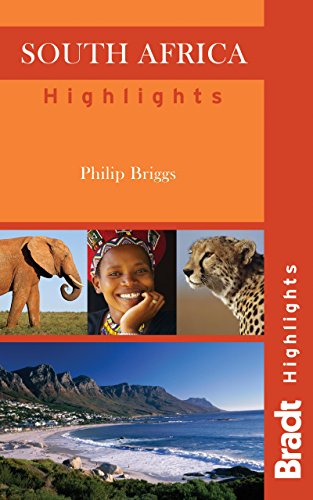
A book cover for South Africa Highlights (Bradt Highlights South Africa); Philip Briggs; Travel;